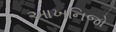
આખનિજો